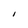
Character: i